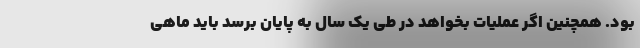
بود. همچنین اگر عملیات بخواهد در طی یک سال به پایان برسد باید ماهی